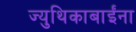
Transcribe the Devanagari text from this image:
ज्युथिकाबाईंना